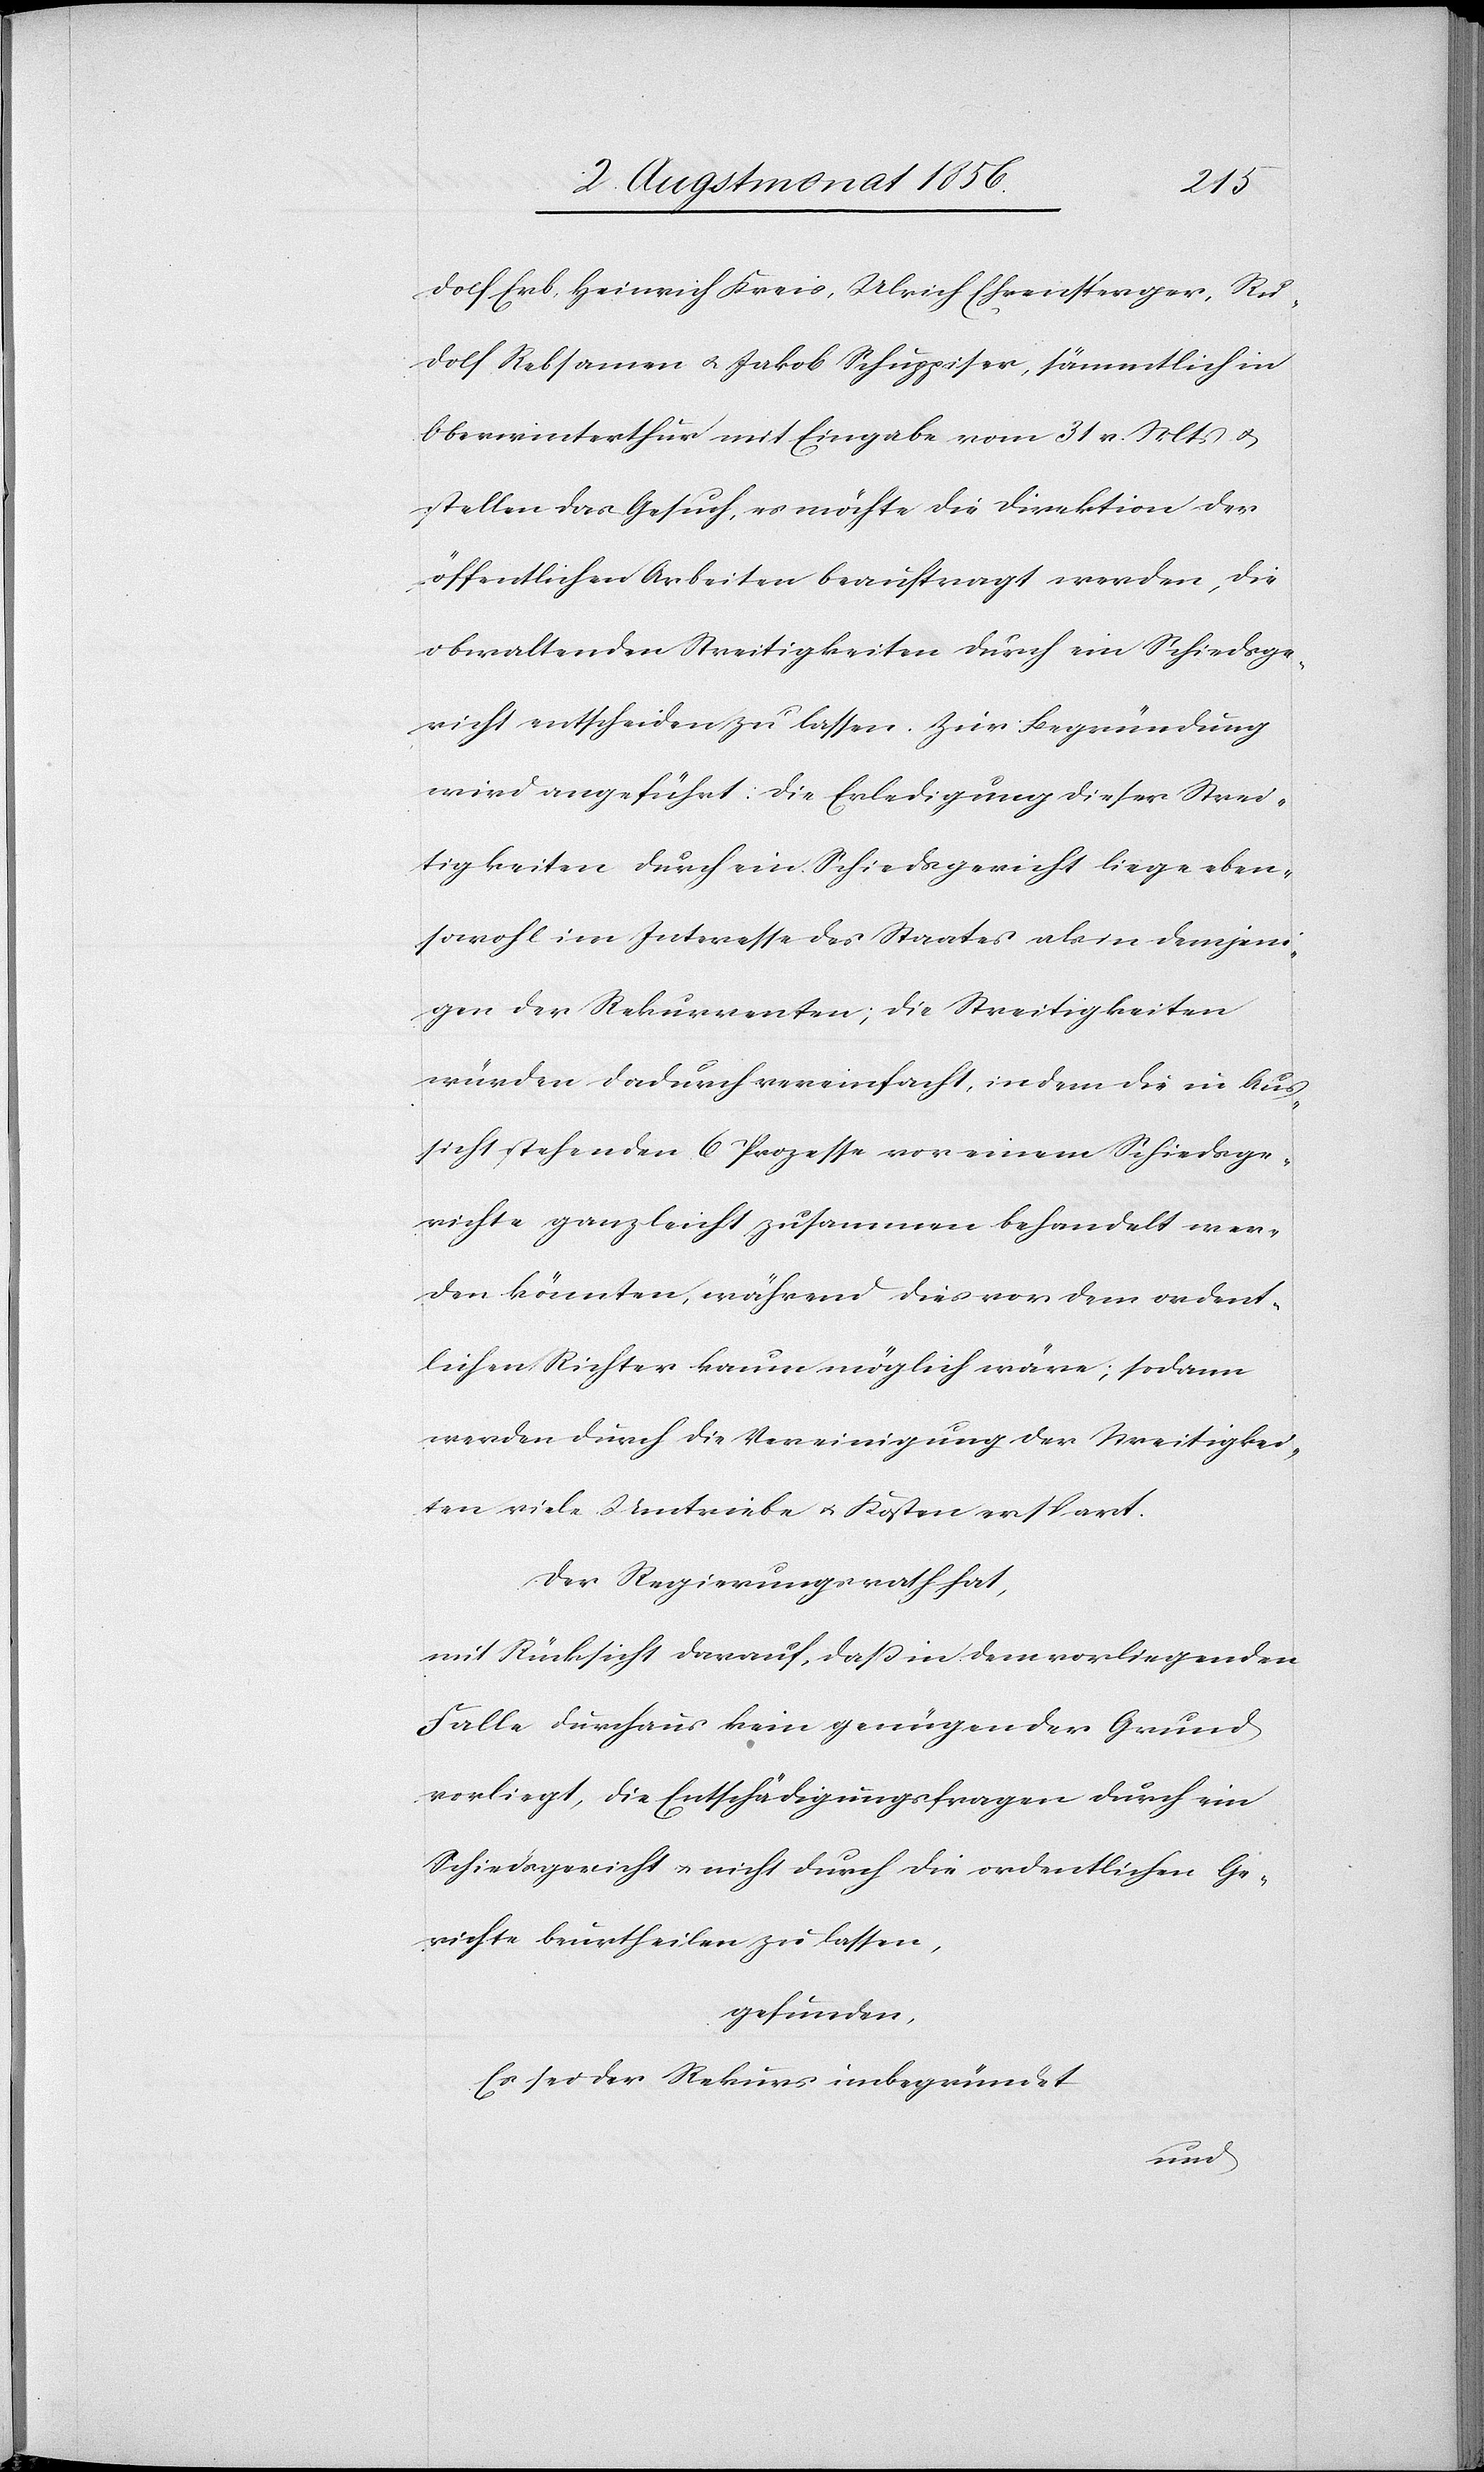
dolf Erb, Heinrich Kreis, Ulrich Ehrensperger, Ru¬
dolf Rebsamen u. Jakob Schuppiser, sämmtlich in
Oberwinterthur mit Eingabe vom 31 v. Mts u.
stellen das Gesuch, es möchte die Direktion der
öffentlichen Arbeiten beauftragt werden, die
obwaltenden Streitigkeiten durch ein Schiedsge¬
richt entscheiden zu lassen. Zur Begründung
wird angeführt: Die Erledigung dieser Strei¬
tigkeiten durch ein Schiedsgericht liege eben¬
sowohl im Interesse des Staates als in demjeni¬
gen der Rekurrenten; die Streitigkeiten
würden dadurch vereinfacht, indem die in Aus¬
sicht stehenden 6 Prozesse vor einem Schiedsge¬
richte ganz leicht zusammen behandelt wer¬
den könnten, während dies vor dem ordent¬
lichen Richter kaum möglich wäre; sodann
werden durch die Vereinigung der Streitigkei¬
ten viele Umtriebe u. Kosten erspart.
Der Regierungsrath hat,
mit Rücksicht darauf, dass in dem vorliegenden
Falle durchaus kein genügender Grund
vorliegt, die Entschädigungsfragen durch ein
Schiedsgericht u. nicht durch die ordentlichen Ge¬
richte beurtheilen zu lassen,
gefunden.
Es sei der Rekurs unbegründet
und